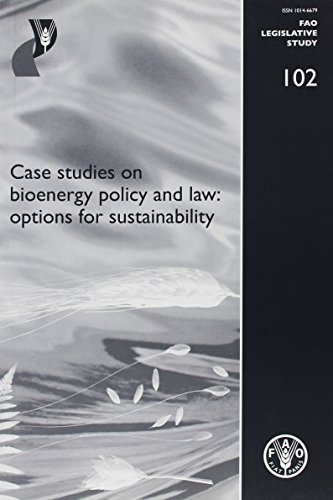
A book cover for Case Studies on Bioenergy Policy and Law: Options for Sustainability (FAO Legislative Studies); Food and Agriculture Organization of the United Nations; Law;